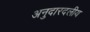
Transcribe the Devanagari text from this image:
अनुदारदलीय